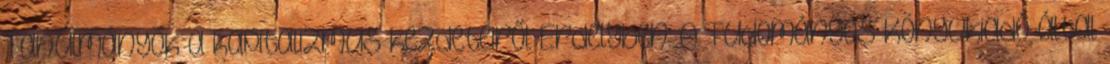
Tanulmányok a kapitalizmus kezdeteiről Erdélyben: A Tudományos Könyvkiadó által